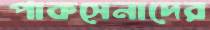
পাকসেনাদের